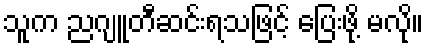
သူက ညဂျူတီဆင်းရသဖြင့် ပြေးဖို့ မလို။